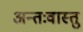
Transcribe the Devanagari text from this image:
अन्तःवास्तु